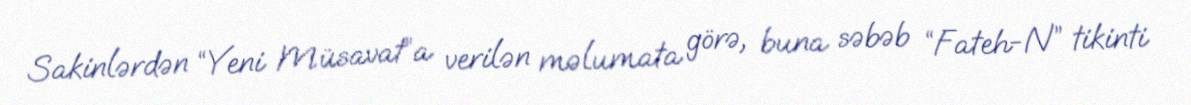
Sakinlərdən “Yeni Müsavat”a verilən məlumata görə, buna səbəb “Fateh-N” tikinti